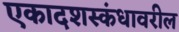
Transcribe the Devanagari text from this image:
एकादशस्कंधावरील